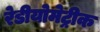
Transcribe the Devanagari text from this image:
रेडीयोमेट्रीक